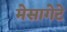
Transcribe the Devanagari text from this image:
मेसागेटे